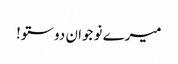
میرے نو جوان دوستو!